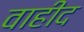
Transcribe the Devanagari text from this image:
वाहीद